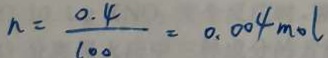
n = \frac { 0 . 4 } { 1 0 0 } = 0 . 0 0 4 m o l